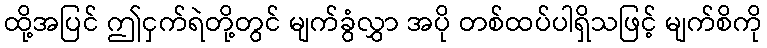
ထို့အပြင် ဤငှက်ရဲတို့တွင် မျက်ခွံလွှာ အပို တစ်ထပ်ပါရှိသဖြင့် မျက်စိကို